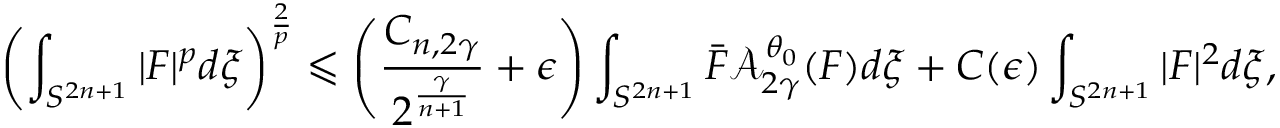
\left( \int _ { S ^ { 2 n + 1 } } | F | ^ { p } d \xi \right) ^ { \frac { 2 } { p } } \leqslant \left( \frac { { C } _ { n , 2 \gamma } } { 2 ^ { \frac { \gamma } { n + 1 } } } + \epsilon \right) \int _ { S ^ { 2 n + 1 } } \bar { F } \mathcal { A } _ { 2 \gamma } ^ { \theta _ { 0 } } ( F ) d \xi + C ( \epsilon ) \int _ { S ^ { 2 n + 1 } } | F | ^ { 2 } d \xi ,